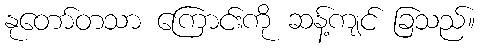
နုတော်တသာ ကြောင်းကို ဆန့်ကျင် ခြသည်။